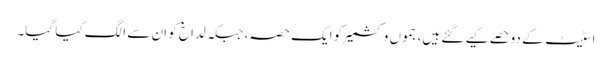
اسٹیٹ کے دوحصے کیے گئے ہیں، جموں وکشمیر کو ایک حصہ، جبکہ لداخ کو ان سے الگ کیا گیا۔